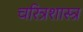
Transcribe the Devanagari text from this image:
चरित्रशास्त्र